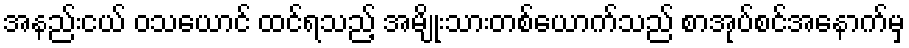
အနည်းငယ် ဝသယောင် ထင်ရသည့် အမျိုးသားတစ်ယောက်သည် စာအုပ်စင်အနောက်မှ